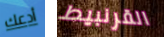
أدعك القرنبيط